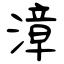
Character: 漳